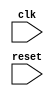
module edge_trigger (
    input wire clk,
    input wire reset
);

always @(posedge clk or negedge reset) begin
    // Behavioral modeling block logic here
end

endmodule